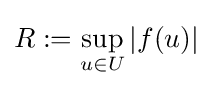
{\textstyle R:=\displaystyle \sup _{u\in U}|f(u)|}